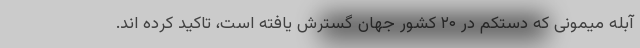
آبله میمونی که دستکم در ۲۰ کشور جهان گسترش یافته است، تاکید کرده اند.